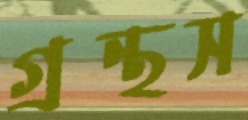
গ্রন্থস